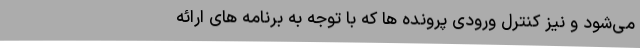
می‌شود و نیز کنترل ورودی پرونده ها که با توجه به برنامه های ارائه